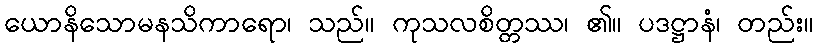
ယောနိသောမနသိကာရော၊ သည်။ ကုသလစိတ္တဿ၊ ၏။ ပဒဋ္ဌာနံ၊ တည်း။